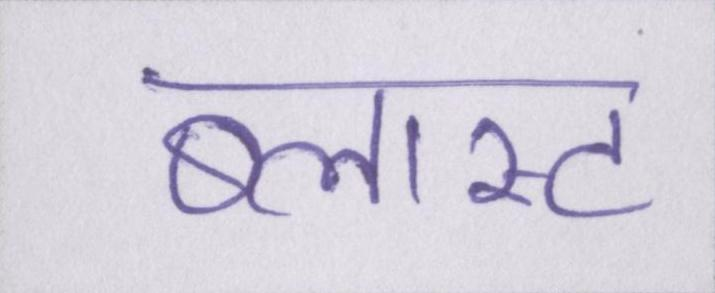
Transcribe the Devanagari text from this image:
ब्लास्ट